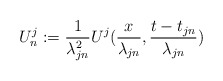
\begin{align*}U^j_n:=\frac{1}{\lambda^2_{jn}}U^j(\frac{x}{\lambda_{jn}},\frac{t-t_{jn}}{\lambda_{jn}})\end{align*}